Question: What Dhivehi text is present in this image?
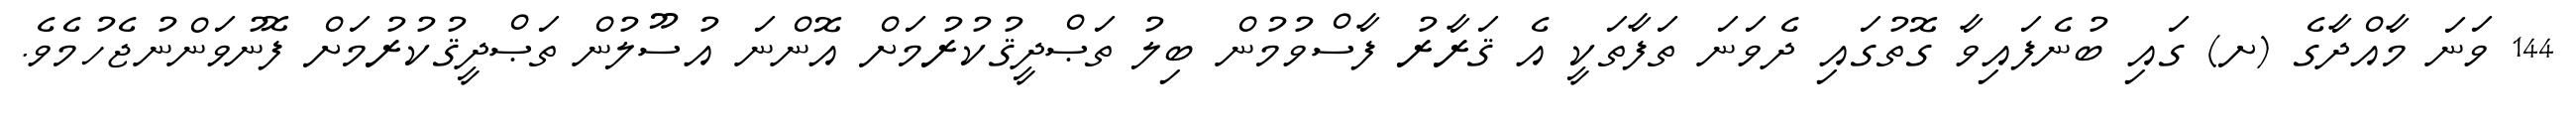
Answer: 144 ވަނަ މާއްދާގެ (ށ) ގައި ބުނެފައިވާ ގޮތުގައި ދެވަނަ ތަފާތަކީ އެ ޤަރާރު ފާސްވުމުން ބިލު ތަޞްދީޤުކުރުމަށް އޮންނަ އުސޫލުން ތަޞްދީޤުކުރުމަށް ފޮނުވަންނުޖެހުމެވެ.